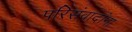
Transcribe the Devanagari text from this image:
परिसंवादांना